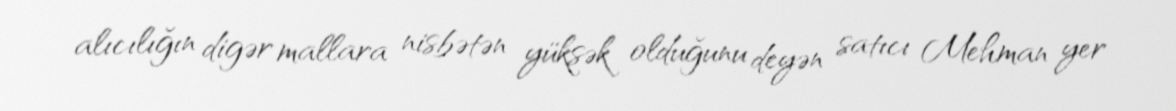
alıcılığın digər mallara nisbətən yüksək olduğunu deyən satıcı Mehman yer